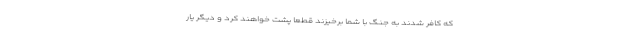
كه كافر شدند به جنگ با شما برخيزند قطعا پشت خواهند كرد و ديگر يار